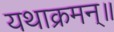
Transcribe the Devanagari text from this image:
यथाक्रमन्॥